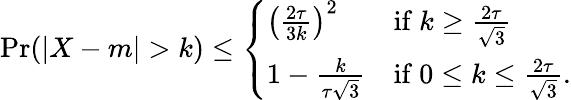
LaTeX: \operatorname*{Pr}(|X-m|>k)\leq{\left\{ \begin{array}{ll}{\left({\frac{2\tau}{3k}}\right)^{2}}&{{\mathrm{if~}}k\geq{\frac{2\tau}{\sqrt{3}}}}\\ {1-{\frac{k}{\tau{\sqrt{3}}}}}&{{\mathrm{if~}}0\leq k\leq{\frac{2\tau}{\sqrt{3}}}.}\end{array}\right.}